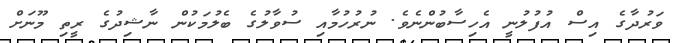
ވަރުދާގެ އިސް އުފުލުނީ އެހިސާބުންނެވެ. ނުރުހުމާއި ސުވާލުގެ ބެލުމަކުން ނާޝިދުގެ ރީތި މޫނަށް